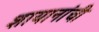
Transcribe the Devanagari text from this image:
शायानांची